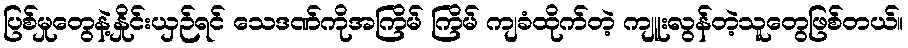
ပြစ်မှုတွေနဲ့နှိုင်းယှဉ်ရင် သေဒဏ်ကိုအကြိမ် ကြိမ် ကျခံထိုက်တဲ့ ကျူးလွန်တဲ့သူတွေဖြစ်တယ်။